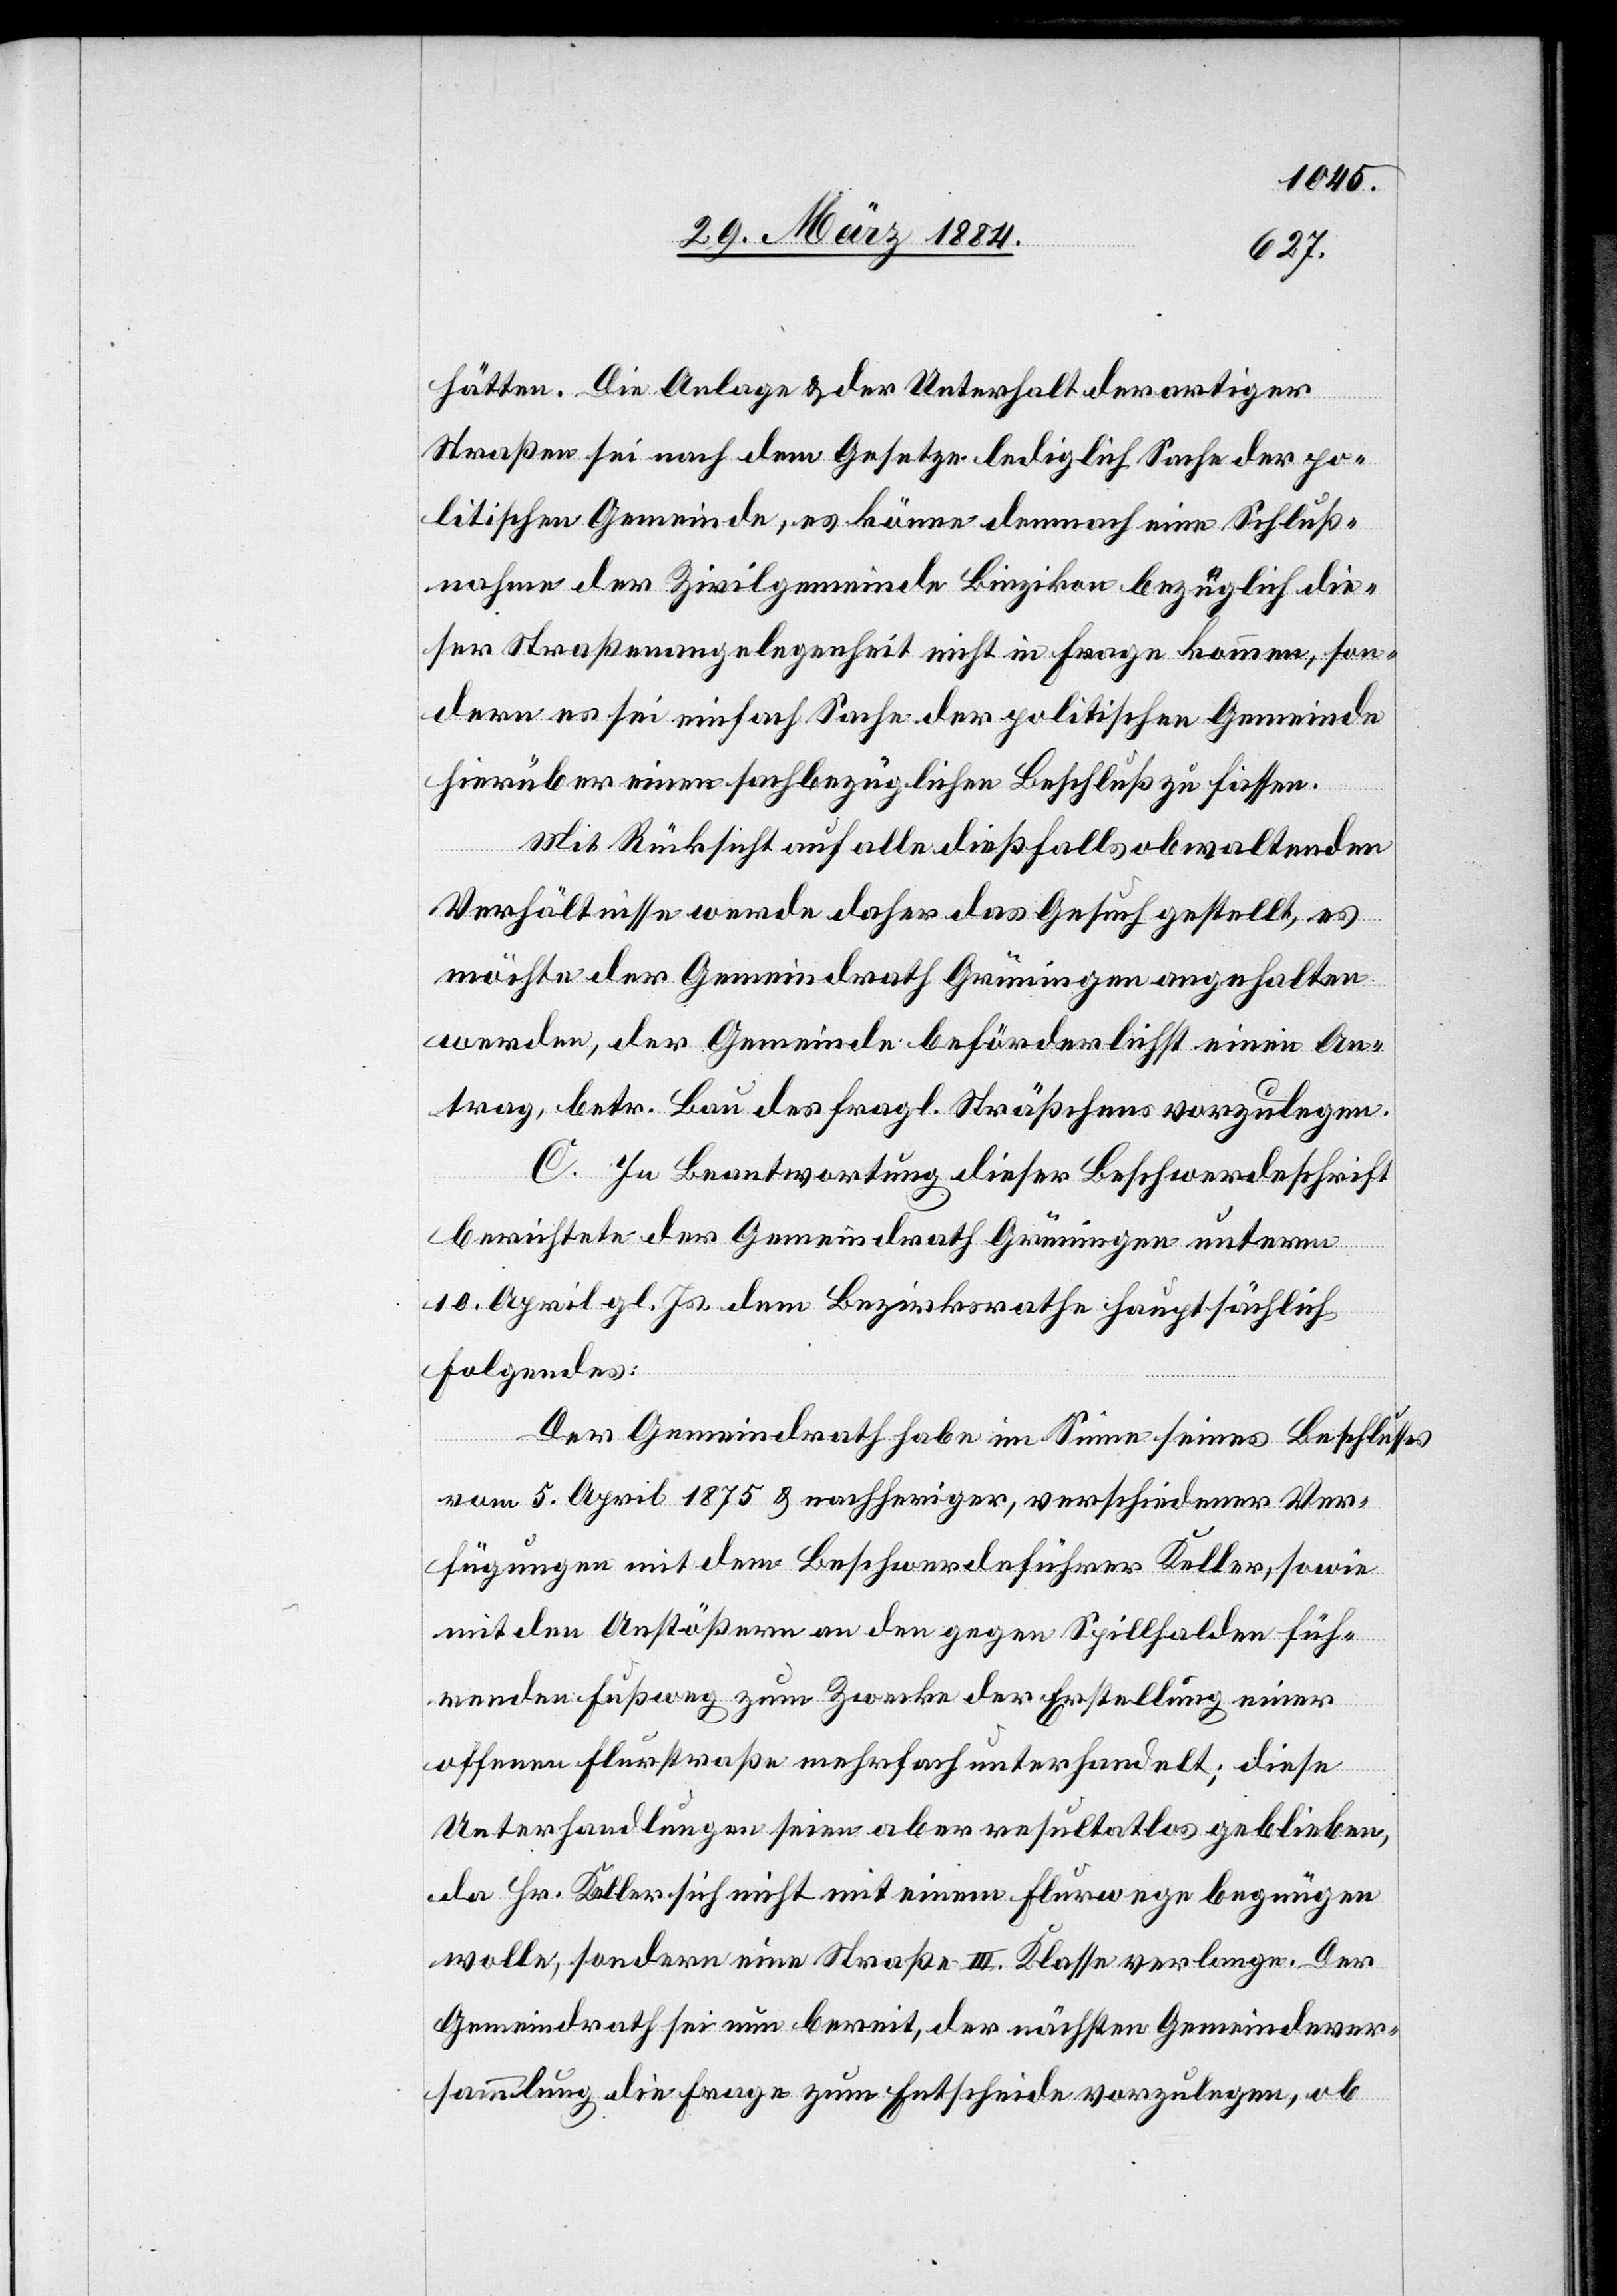
hätten. Die Anlage & der Unterhalt derartiger
Straßen sei nach dem Gesetze lediglich Sache der po¬
litischen Gemeinde & es könne demnach eine Schluß¬
nahme der Zivilgemeinde Binzikon bezüglich die¬
ser Straßenangelegenheit nicht in Frage kommen, son¬
dern es sei einfach Sache der politischen Gemeinde
hierüber einen sachbezüglichen Beschluß zu fassen.
Mit Rücksicht auf alle dießfalls obwaltenden
Verhältnisse werde daher das Gesuch gestellt, es
möchte der Gemeindrath Grüningen angehalten
werden, der Gemeinde beförderlichst einen An¬
trag, betr. Bau des fragl. Sträßchens vorzulegen.
C. In Beantwortung dieser Beschwerdeschrift
berichtete der Gemeindrath Grüningen unterm
10. April gl. Js. dem Bezirksrathe hauptsächlich
Folgendes:
Der Gemeindrath habe im Sinne seines Beschlusses
vom 5. April 1875 & nachheriger, verschiedener Ver¬
fügungen mit dem Beschwerdeführer Keller, sowie
mit den Anstößern an den gegen Spillhalden füh¬
renden Fußweg zum Zwecke der Erstellung einer
offenen Flurstraße mehrfach unterhandelt; diese
Unterhandlungen seien aber resultatlos geblieben,
da Hr. Keller sich nicht mit einem Flurwege begnügen
wolle, sondern eine Straße III. Klasse verlange. Der
Gemeindrath sei nun bereit, der nächsten Gemeindever¬
sammlung die Frage zum Entscheide vorzulegen, ob